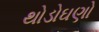
થોડોઘણો